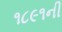
૧૮૯૧ની